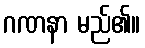
ဂဏနာ မည်၏။